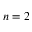
n = 2